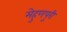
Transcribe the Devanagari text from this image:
मेहुणपुरी